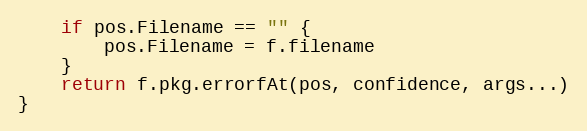
Language: Go
	if pos.Filename == "" {
		pos.Filename = f.filename
	}
	return f.pkg.errorfAt(pos, confidence, args...)
}